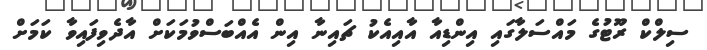
ސިލްކް ރޫޓުގެ މައްސަލާގައި އިންޑިއާ އާއިއެކު ޗައިނާ އިން އެއްބަސްވުމަކަށް އާދެވިފައިވާ ކަމަށް